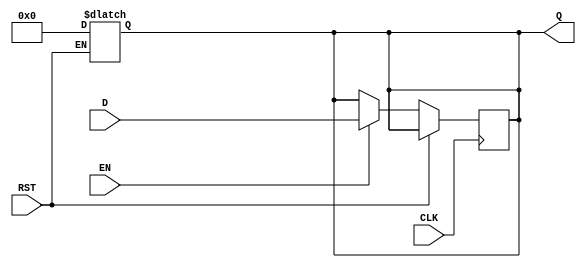
module BarrierRegister #(
    parameter WIDTH = 8  // Parameterizable width for data input/output
) (
    input  wire [WIDTH-1:0] D,   // Data Input
    input  wire CLK,              // Clock
    input  wire EN,               // Enable
    input  wire RST,              // Asynchronous Reset
    output reg  [WIDTH-1:0] Q     // Data Output
);

    // Asynchronous reset
    always @* begin
        if (RST) begin
            Q <= {WIDTH{1'b0}};     // Clear the register to zero
        end
    end

    // Sequential logic for capturing data on clock edge
    always @(posedge CLK) begin
        if (!RST) begin
            if (EN) begin
                Q <= D;             // Capture data on enable
            end
            // If EN is low, retain the previous value of Q
        end
    end

endmodule